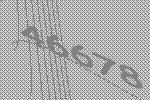
46678